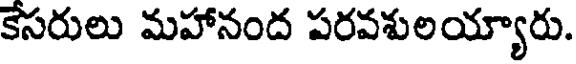
కేసరులు మహానంద పరవశులయ్యారు.